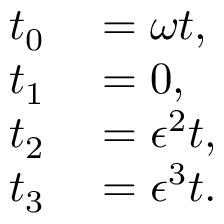
\begin{array} { r l } { t _ { 0 } } & { { } = \omega t , } \\ { t _ { 1 } } & { { } = 0 , } \\ { t _ { 2 } } & { { } = \epsilon ^ { 2 } t , } \\ { t _ { 3 } } & { { } = \epsilon ^ { 3 } t . } \end{array}